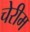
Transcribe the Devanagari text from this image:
चेरीम